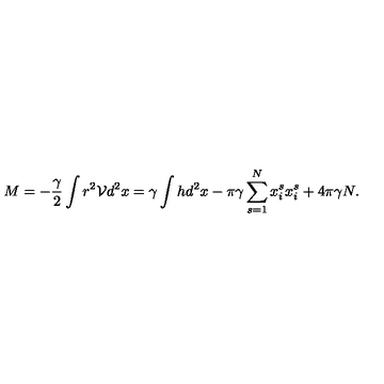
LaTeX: M = - \frac { \gamma } { 2 } \int r ^ { 2 } \mathcal { V } d ^ { 2 } x = \gamma \int h d ^ { 2 } x - \pi \gamma \sum _ { s = 1 } ^ { N } x _ { i } ^ { s } x _ { i } ^ { s } + 4 \pi \gamma N .